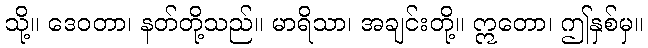
သို့။ ဒေဝတာ၊ နတ်တို့သည်။ မာရိသာ၊ အချင်းတို့။ ဣတော၊ ဤနှစ်မှ။